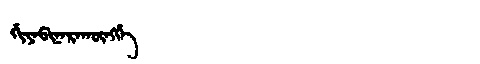
Manchu: ᡤᡳᠶᠠᡦᡳᠨᠠᡵᠠᡴᡡᠩᡤᡝ
Romanization: GIYAPINARAKŪNGGE